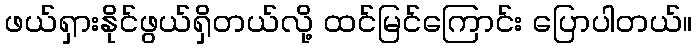
ဖယ်ရှားနိုင်ဖွယ်ရှိတယ်လို့ ထင်မြင်ကြောင်း ပြောပါတယ်။